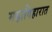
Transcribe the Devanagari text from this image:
महाविहारात